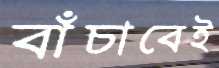
বাঁচাবেই